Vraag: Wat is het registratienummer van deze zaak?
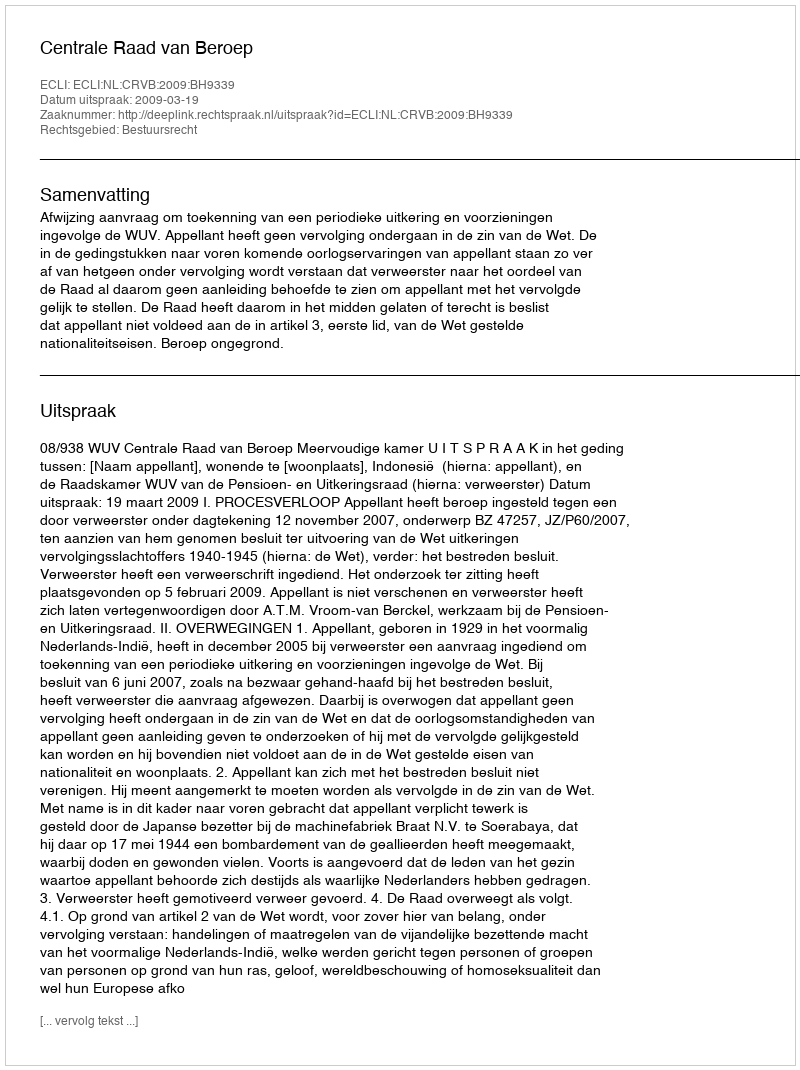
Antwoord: http://deeplink.rechtspraak.nl/uitspraak?id=ECLI:NL:CRVB:2009:BH9339